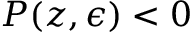
P ( z , \epsilon ) < 0